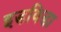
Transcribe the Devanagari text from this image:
इडविडा